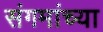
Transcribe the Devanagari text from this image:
संगमांच्या